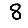
Digit: 8